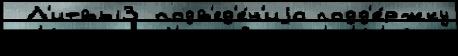
 Л'итвы3 подв'ед'е́н'иjа подд'е́ржку